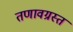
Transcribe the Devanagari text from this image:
तणावग्रस्त